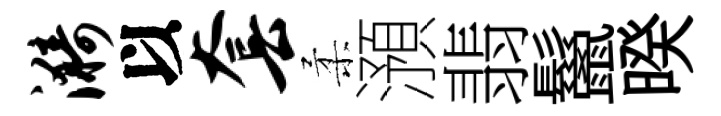
漪以套柔澦翡鬣暌